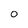
Character: O